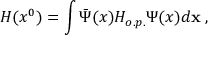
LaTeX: H ( x ^ { 0 } ) = \int \bar { \Psi } ( x ) H _ { o . p . } \Psi ( x ) d { \bf x } \; ,